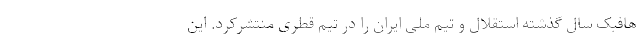
هافبک سال گذشته استقلال و تیم ملی ایران را در تیم قطری منتشرکرد. این